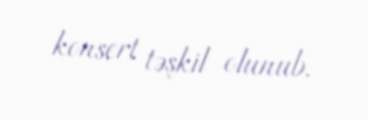
konsert təşkil olunub.